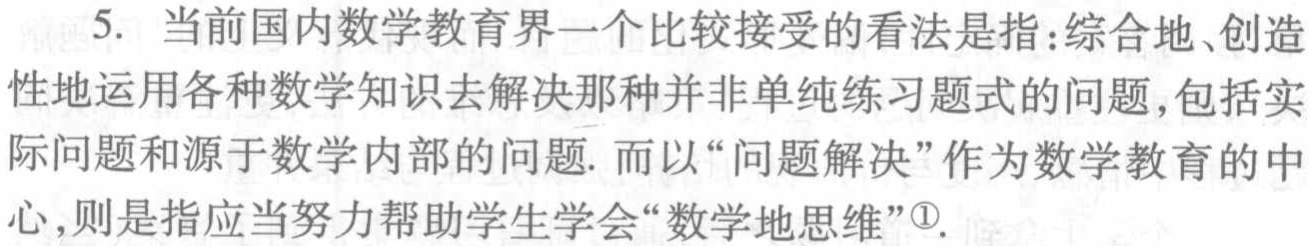
5. 当前国内数学教育界一个比较接受的看法是指：综合地、创造性地运用各种数学知识去解决那种并非单纯练习题式的问题,包括实际问题和源于数学内部的问题. 而以“问题解决”作为数学教育的中心,则是指应当努力帮助学生学会“数学地思维”\textsuperscript{\textcircled{1}}.